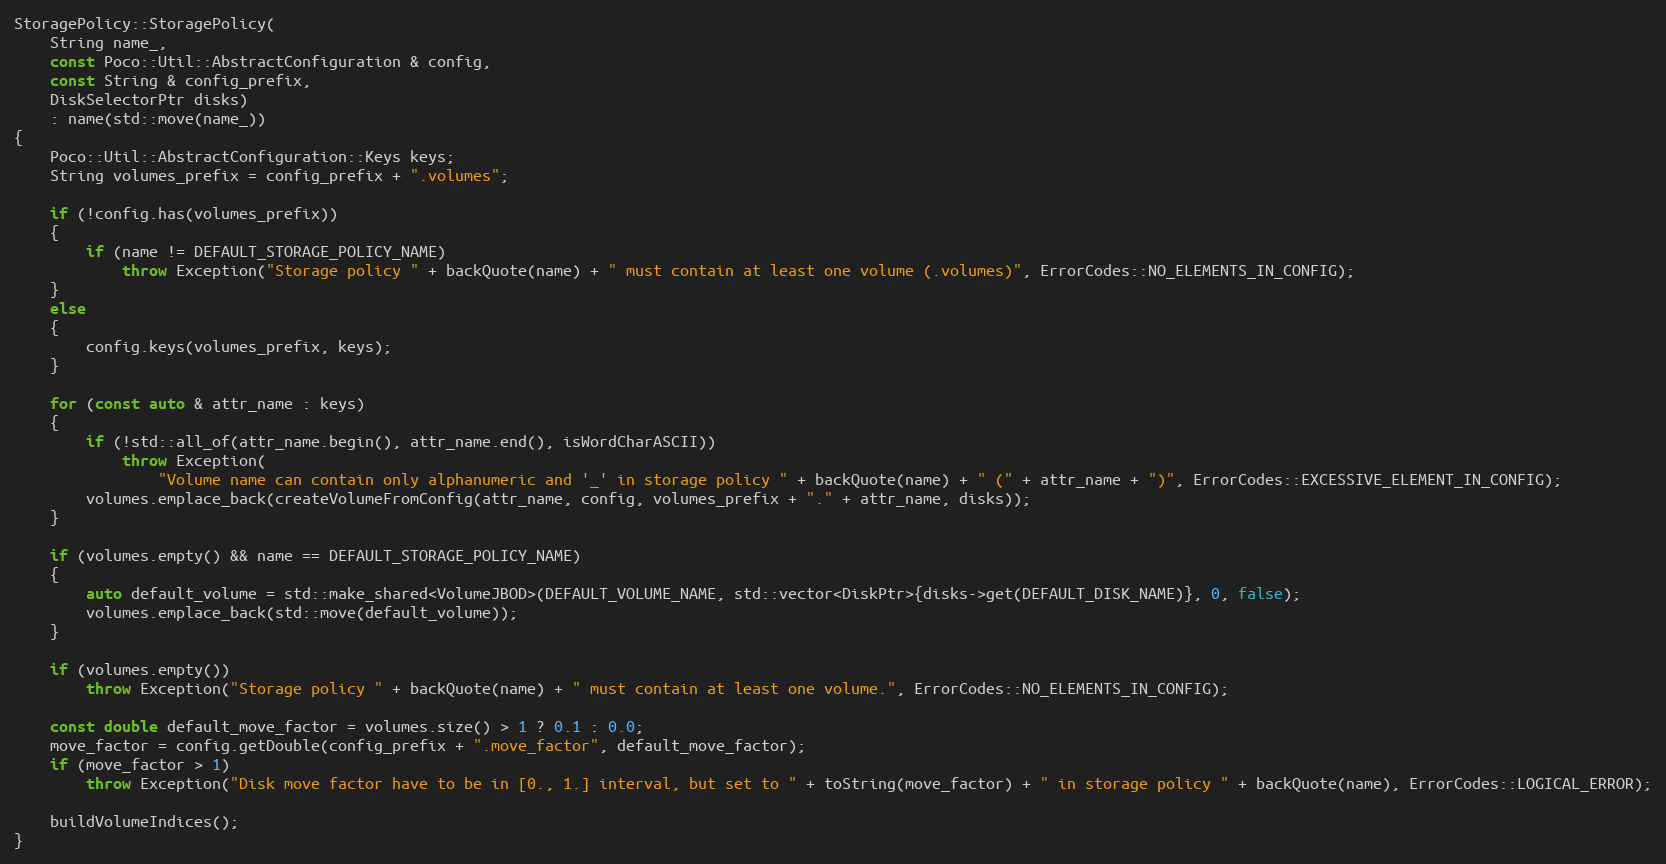
Language: C++
StoragePolicy::StoragePolicy(
    String name_,
    const Poco::Util::AbstractConfiguration & config,
    const String & config_prefix,
    DiskSelectorPtr disks)
    : name(std::move(name_))
{
    Poco::Util::AbstractConfiguration::Keys keys;
    String volumes_prefix = config_prefix + ".volumes";

    if (!config.has(volumes_prefix))
    {
        if (name != DEFAULT_STORAGE_POLICY_NAME)
            throw Exception("Storage policy " + backQuote(name) + " must contain at least one volume (.volumes)", ErrorCodes::NO_ELEMENTS_IN_CONFIG);
    }
    else
    {
        config.keys(volumes_prefix, keys);
    }

    for (const auto & attr_name : keys)
    {
        if (!std::all_of(attr_name.begin(), attr_name.end(), isWordCharASCII))
            throw Exception(
                "Volume name can contain only alphanumeric and '_' in storage policy " + backQuote(name) + " (" + attr_name + ")", ErrorCodes::EXCESSIVE_ELEMENT_IN_CONFIG);
        volumes.emplace_back(createVolumeFromConfig(attr_name, config, volumes_prefix + "." + attr_name, disks));
    }

    if (volumes.empty() && name == DEFAULT_STORAGE_POLICY_NAME)
    {
        auto default_volume = std::make_shared<VolumeJBOD>(DEFAULT_VOLUME_NAME, std::vector<DiskPtr>{disks->get(DEFAULT_DISK_NAME)}, 0, false);
        volumes.emplace_back(std::move(default_volume));
    }

    if (volumes.empty())
        throw Exception("Storage policy " + backQuote(name) + " must contain at least one volume.", ErrorCodes::NO_ELEMENTS_IN_CONFIG);

    const double default_move_factor = volumes.size() > 1 ? 0.1 : 0.0;
    move_factor = config.getDouble(config_prefix + ".move_factor", default_move_factor);
    if (move_factor > 1)
        throw Exception("Disk move factor have to be in [0., 1.] interval, but set to " + toString(move_factor) + " in storage policy " + backQuote(name), ErrorCodes::LOGICAL_ERROR);

    buildVolumeIndices();
}